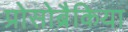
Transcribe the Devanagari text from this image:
प्रोसोब्रैकिया